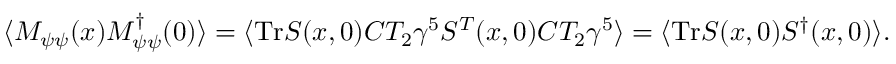
\langle M _ { \psi \psi } ( x ) M _ { \psi \psi } ^ { \dagger } ( 0 ) \rangle = \langle \mathrm { T r } { \cal S } ( x , 0 ) C T _ { 2 } \gamma ^ { 5 } { \cal S } ^ { T } ( x , 0 ) C T _ { 2 } \gamma ^ { 5 } \rangle = \langle \mathrm { T r } { \cal S } ( x , 0 ) { \cal S } ^ { \dagger } ( x , 0 ) \rangle .